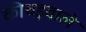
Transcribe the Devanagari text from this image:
कीचड़वाले